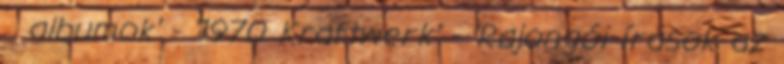
albumok' - '1970 Kraftwerk' - 'Rajongói írások az